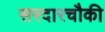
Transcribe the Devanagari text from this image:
सरदारचौकी